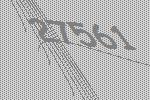
27561